Statistics of inoculations with Haffkine's anti-plague vaccine 1897-1900
Year: 1897
Disease focus: Plague
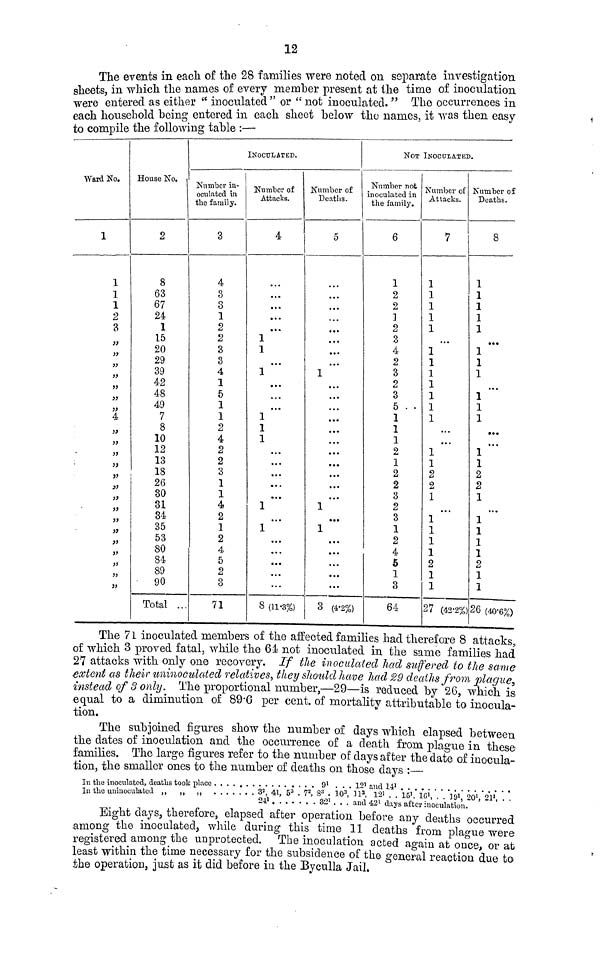
12
The events in each of the 28 families were noted on separate investigation
sheets, in which the names of every member present at the time of inoculation
were entered as either " inoculated " or " not inoculated. " The occurrences in
each household being entered in each sheet below the names, it was then easy
to compile the following table :—
Ward No.
1
1
1
1
2
3
"
"
"
"
"
"
„
„
4
"
"
"
"
,,
"
"
"
"
"
,,
"
"
"
"
"
"
"
House No.
2
8
63
67
24
1
15
20
29
39
42
48
49
7
8
10
12
13
18
26
30
31
34
35
53
80
84
89
90
Total ..
Number in
oculated in
the family.
3
4
3
3
1
2
2
3
3
4
1
5
1
1
2
4
2
2
3
1
1
4
2
1
2
4
5
2
3
71
INOCULATED.
Number of
Attacks.
4
...
...
...
...
...
1
1
...
1
...
...
...
...
1
1
...
...
...
...
...
1
...
1
...
...
...
...
...
8 (11.3%)
Number of
Deaths.
5
...
...
...
...
...
...
...
...
1
...
...
...
...
...
...
...
...
...
...
...
1
...
1
...
...
...
...
...
3 (4.2%)
NOT INOCULATED
Number not
inoculated in
the family.
6
1
2
2
1
2
3
4
2
3
2
3
5 . .
1
1
1
2
1
2
2
3
2
3
1
2
4
5
1
3
64
Number of
Attacks.
7
1
1
1
1
1
...
1
1
1
1
1
1
1
...
...
1
1
2
2
1
...
1
1
1
1
2
1
1
27 (42.2%)
Number of
Deaths.
8
1
1
1
1
1
...
1
1
1
...
1
1
1
...
...
1
1
2
2
1
...
1
1
1
1
2
1
1
26 (40.%)
The 71 inoculated members of the affected families had therefore 8 attacks,
of which 3 proved fatal, while the 64 not inoculated in the same families had
27 attacks with only one recovery. If the inoculated had suffered to the same
extent as their uninoculated relatives, they should have had 29 deaths from plague
instead of 3 only. The proportional number,—29—is reduced by 26, which is
equal to a diminution of 89.6 per cent. of mortality attributable to inocula-
tion.
The subjoined figures show the number of days which elapsed between
the dates of inoculation and the occurrence of a death from plague in these
families. The large figures refer to the number of days after the date of inocula-
tion, the smaller ones to the number of deaths on those days :
In the inoculated, deaths took place
9 l . . . 12 l and 14 1
In the uuinoculated „
„
3 2 , 41, 5 3 . 7 2 , 8 3 . 10 3 , 11 2 , 12 1 . .
15 1, 19 1 ,20 1 , 21,..
24 1
32 1 ... and 42 1 after inoculation.
Eight days, therefore, elapsed after operation before any deaths occurred
among the inoculated, while during this time 11 deaths from plague were
registered among the unprotected. The inoculation acted again at once, or at
least within the time necessary for the subsidence of the general reaction due to
the operation, just as it did before in the Byculla Jail.